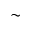
\sim